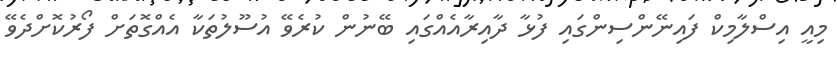
މިއީ އިސްލާމިކް ފައިނޭންސިންގައި ފުޅާ ދާއިރާއެއްގައި ބޭނުން ކުރެވޭ އުސޫލުތަކާ އެއްގޮތަށް ފޯރުކޮށްދެވޭ